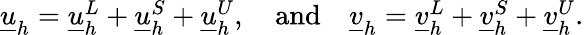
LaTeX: \begin{array}{r}{\underline{{u}}_{h}=\underline{{u}}_{h}^{L}+\underline{{u}}_{h}^{S}+\underline{{u}}_{h}^{U},\quad\textrm{and}\quad\underline{{v}}_{h}=\underline{{v}}_{h}^{L}+\underline{{v}}_{h}^{S}+\underline{{v}}_{h}^{U}.}\end{array}